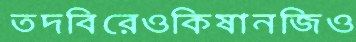
তদবিরেওকিষানজিও